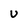
Character: U